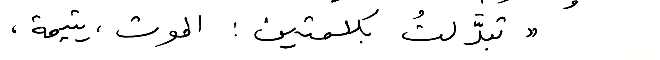
"تبدَّلتُ بكلمتين: الموت، يتيمة،